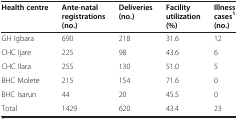
<table><thead><tr><td><b>Health centre</b></td><td><b>Ante-natal registrations (no.)</b></td><td><b>Deliveries (no.)</b></td><td><b>Facility utilization (%)</b></td><td><b>Illness cases<sup>1 </sup>(no.)</b></td></tr></thead><tbody><tr><td>GH Igbara</td><td>690</td><td>218</td><td>31.6</td><td>12</td></tr><tr><td>CHC Ijare</td><td>225</td><td>98</td><td>43.6</td><td>6</td></tr><tr><td>CHC Ilara</td><td>255</td><td>130</td><td>51.0</td><td>5</td></tr><tr><td>BHC Molete</td><td>215</td><td>154</td><td>71.6</td><td>0</td></tr><tr><td>BHC Isarun</td><td>44</td><td>20</td><td>45.5</td><td>0</td></tr><tr><td>Total</td><td>1429</td><td>620</td><td>43.4</td><td>23</td></tr></tbody></table>